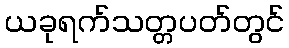
ယခုရက်သတ္တပတ်တွင်